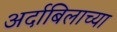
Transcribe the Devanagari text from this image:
अर्दाबिलाच्या